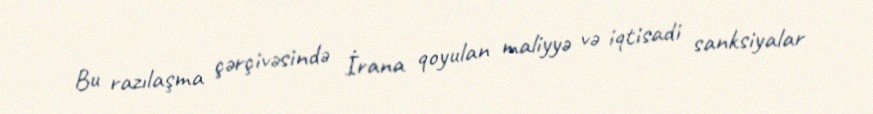
Bu razılaşma çərçivəsində İrana qoyulan maliyyə və iqtisadi sanksiyalar